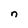
Character: n